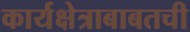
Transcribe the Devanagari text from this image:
कार्यक्षेत्राबाबतची